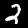
Label: 2